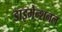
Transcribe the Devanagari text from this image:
डाइमेन्शनल